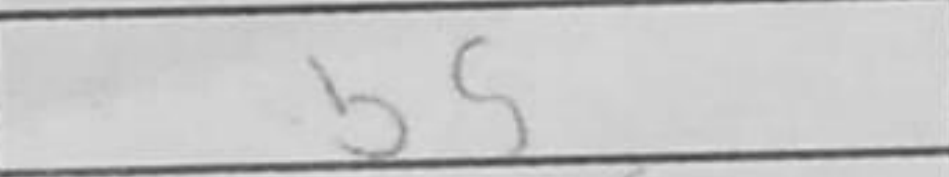
Transcription: b5